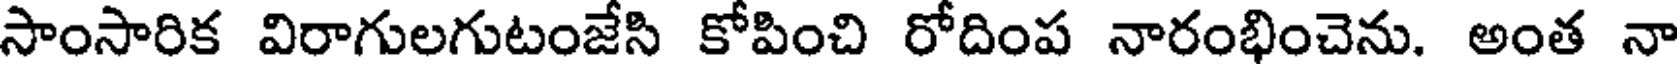
సాంసారిక విరాగులగుటంజేసి కోపించి రోదింప నారంభించెను. అంత నా